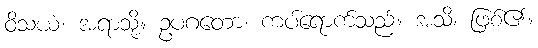
ဝိသယံ၊ အရာသို့။ ဥပဂတော၊ ကပ်ရောက်သည်။ အသိ၊ ဖြစ်၏။